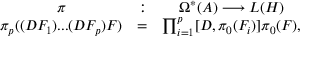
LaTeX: \begin{array} { c c c } { { \pi } } & { { : } } & { { \Omega ^ { * } ( { \cal A } ) \longrightarrow { \cal L } ( { \cal H } ) } } \\ { { \pi _ { p } ( ( D F _ { 1 } ) . . . ( D F _ { p } ) F ) } } & { { = } } & { { \prod _ { i = 1 } ^ { p } [ D , \pi _ { 0 } ( F _ { i } ) ] \pi _ { 0 } ( F ) , } } \end{array}